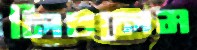
লিখলেম